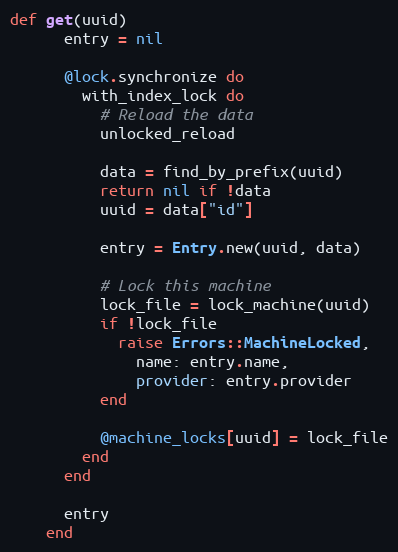
Language: Ruby
def get(uuid)
      entry = nil

      @lock.synchronize do
        with_index_lock do
          # Reload the data
          unlocked_reload

          data = find_by_prefix(uuid)
          return nil if !data
          uuid = data["id"]

          entry = Entry.new(uuid, data)

          # Lock this machine
          lock_file = lock_machine(uuid)
          if !lock_file
            raise Errors::MachineLocked,
              name: entry.name,
              provider: entry.provider
          end

          @machine_locks[uuid] = lock_file
        end
      end

      entry
    end